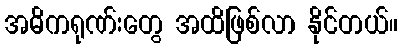
အဓိကရုဏ်းတွေ အထိဖြစ်လာ နိုင်တယ်။